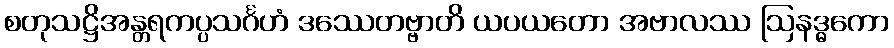
စတုသဋ္ဌိအန္တရကပ္ပသင်္ဂဟံ ဒဿေတဗ္ဗာတိ ယပယတော အဗာလဿ ဩနဒ္ဓကော